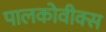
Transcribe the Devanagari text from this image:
पालकोवीक्स